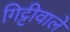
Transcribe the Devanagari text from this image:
गिट्टीवाले